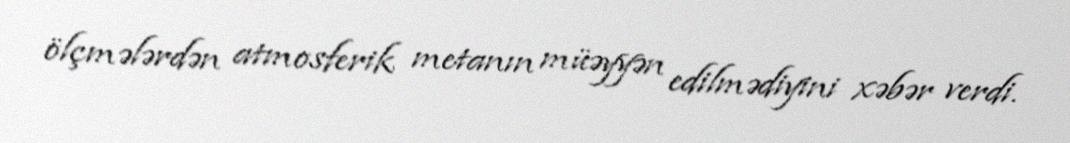
ölçmələrdən atmosferik metanın müəyyən edilmədiyini xəbər verdi.